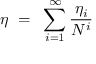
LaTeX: \eta ~ = ~ \sum _ { i = 1 } ^ { \infty } \frac { \eta _ { i } } { N ^ { i } }